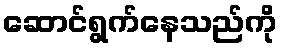
ဆောင်ရွက်နေသည်ကို